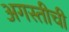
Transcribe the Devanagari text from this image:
अगस्तीची